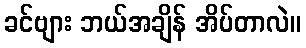
ခင်ဗျား ဘယ်အချိန် အိပ်တာလဲ။